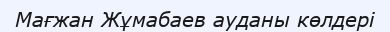
Мағжан Жұмабаев ауданы көлдері